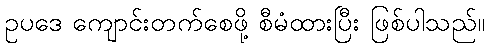
ဥပဒေ ကျောင်းတက်စေဖို့ စီမံထားပြီး ဖြစ်ပါသည်။